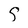
Character: S